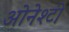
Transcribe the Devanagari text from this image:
ओनेश्टी